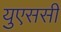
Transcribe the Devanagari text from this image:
युएससी